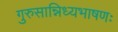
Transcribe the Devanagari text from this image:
गुरुसान्निध्यभाषणः